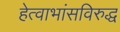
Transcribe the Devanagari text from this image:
हेत्वाभांसविरुद्ध